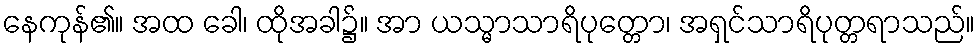
နေကုန်၏။ အထ ခေါ၊ ထိုအခါ၌။ အာ ယသ္မာသာရိပုတ္တော၊ အရှင်သာရိပုတ္တရာသည်။